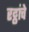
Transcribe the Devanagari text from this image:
रट्ठांचे